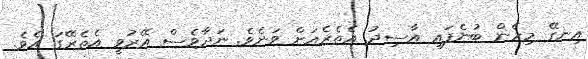
އިނގޭ މިހެން ބުނެފައި އާސިދު އެތެރެއަށް ވަނެވެ. ނަދާވެސް އޭރުވީ އެތެރޭގަ އެވެ.